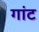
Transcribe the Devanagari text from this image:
गांट